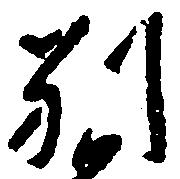
別